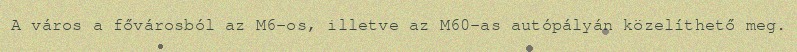
A város a fővárosból az M6-os, illetve az M60-as autópályán közelíthető meg.